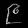
Digit: ၉